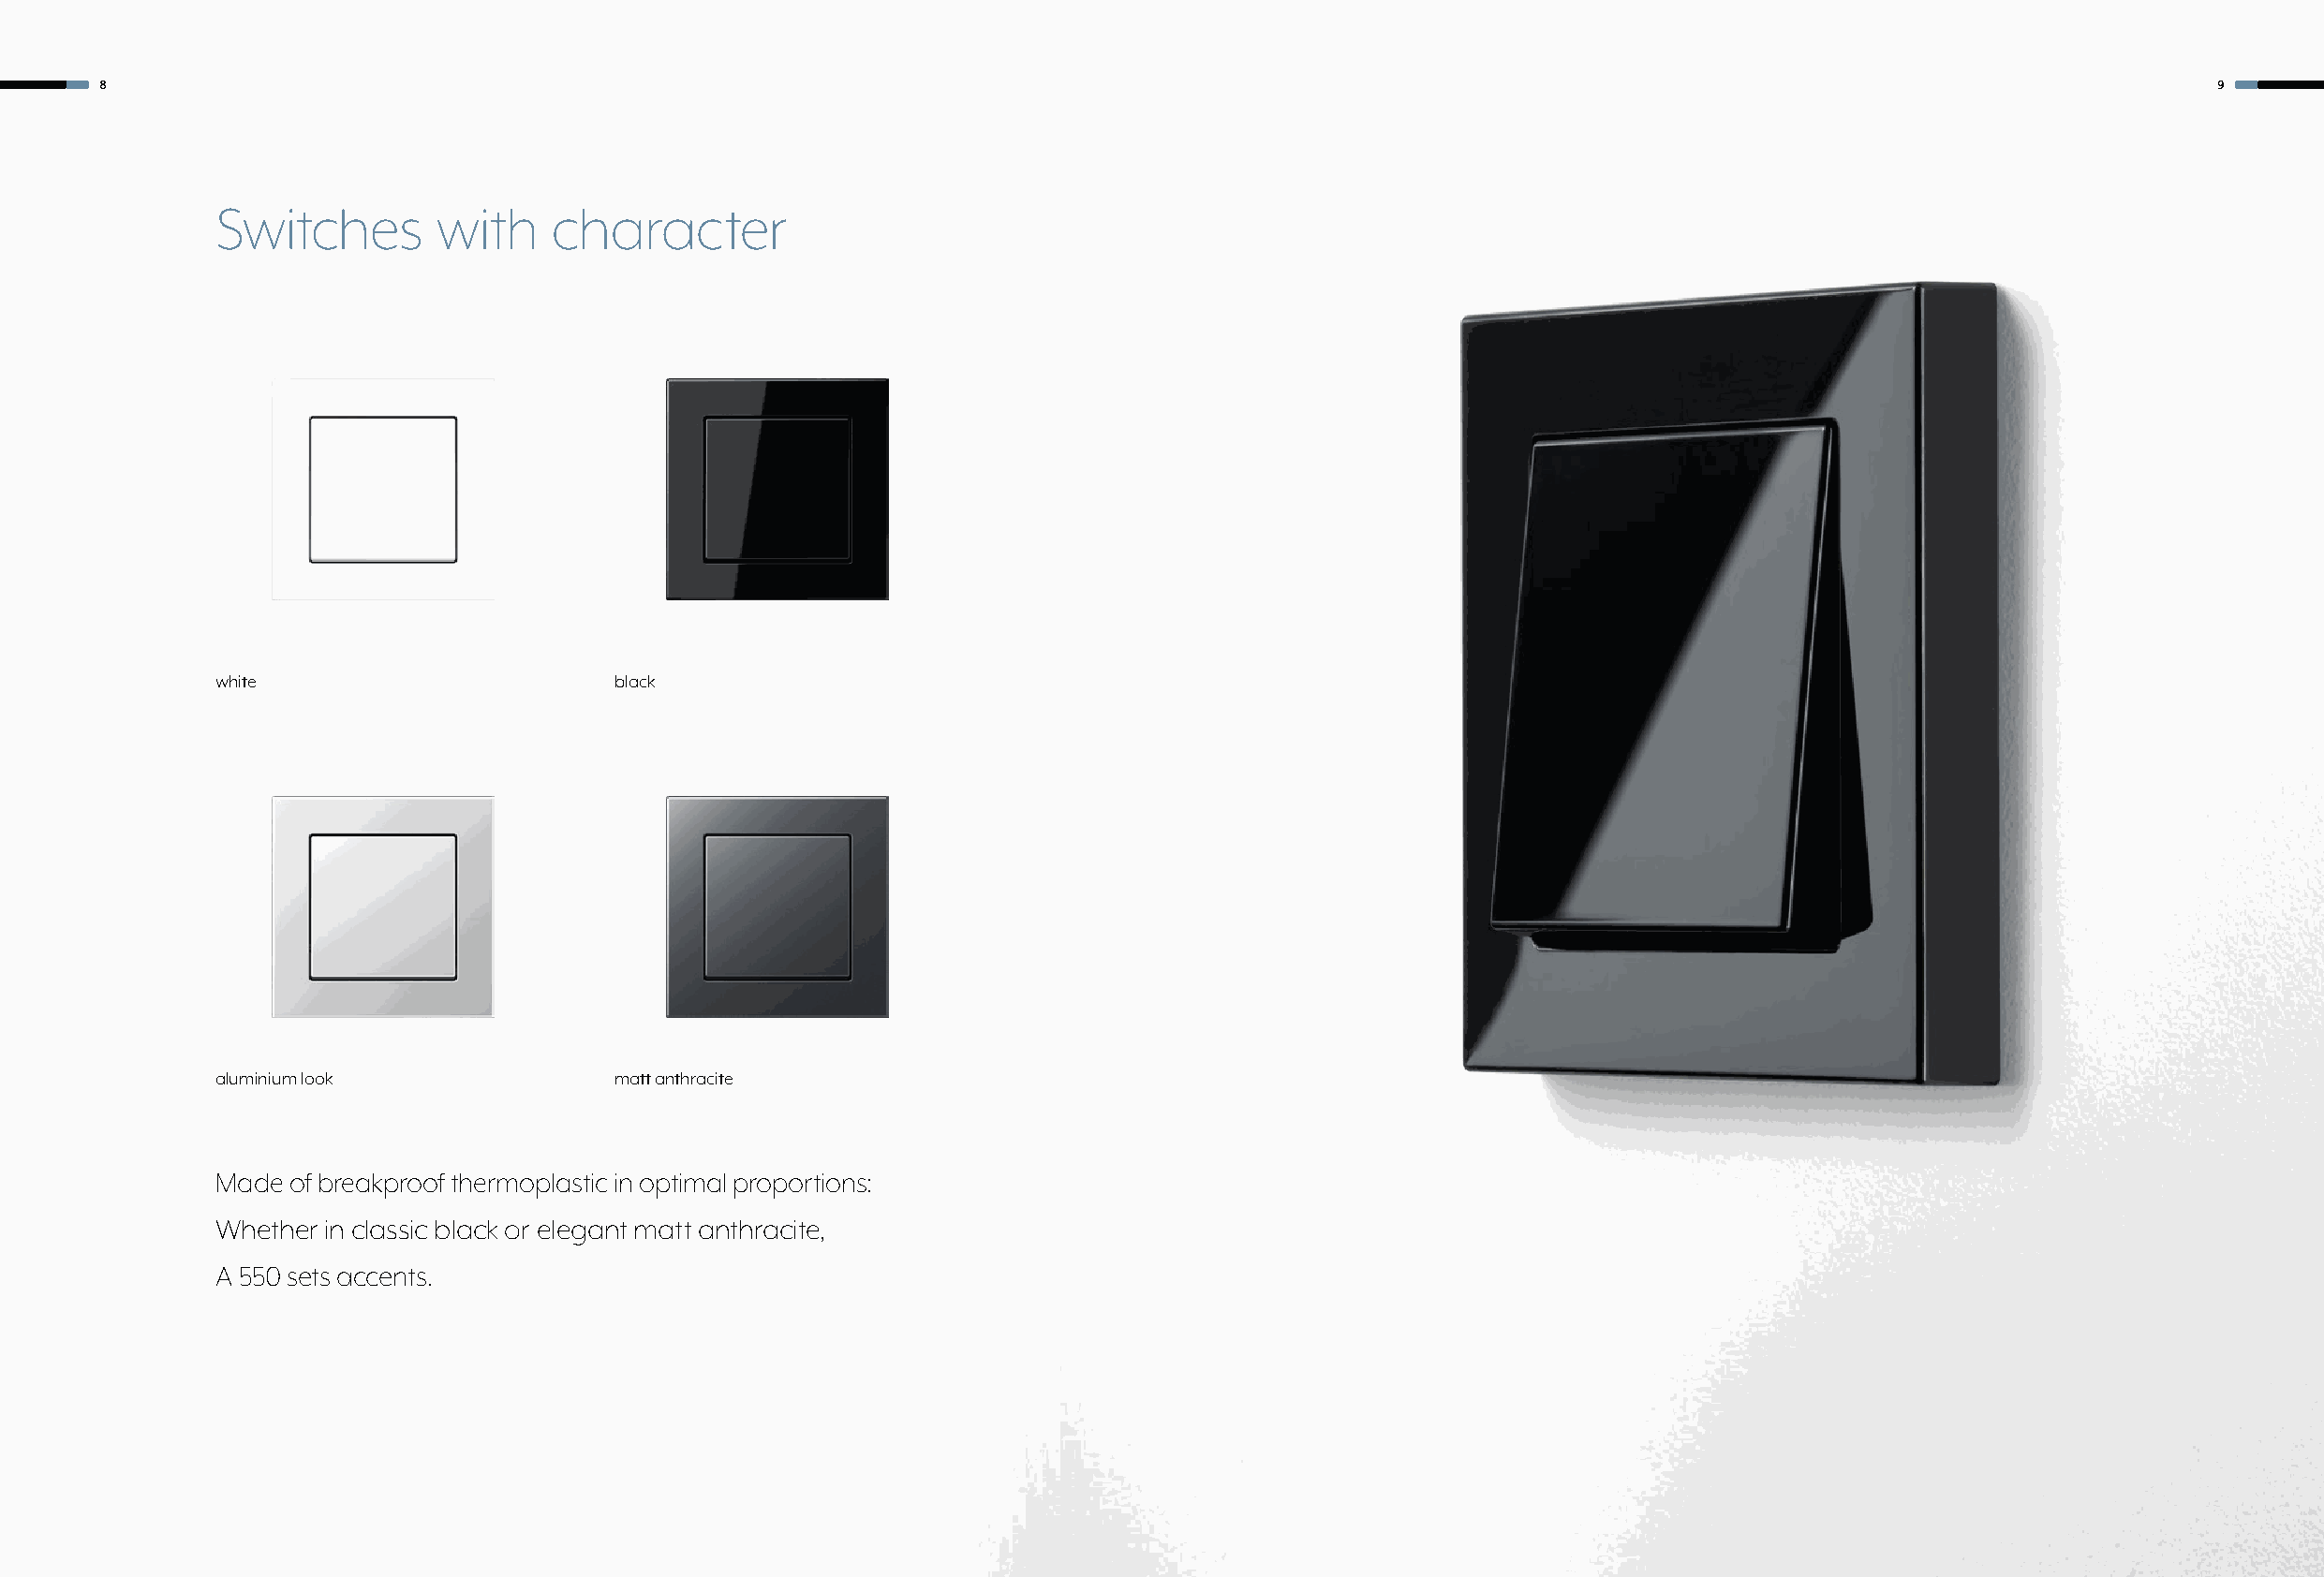
8                                                                                                                                                     9
 Switches        with    character
 white                       black
 aluminium look              matt anthracite
 Made of breakproof thermoplastic in optimal proportions:
 Whether in classic black or elegant matt anthracite,
 A 550 sets accents.